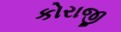
કોરાજી